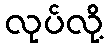
လုပ်လို့